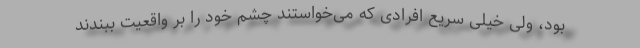
بود، ولی خیلی سریع افرادی که می‌خواستند چشم خود را بر واقعیت ببندند